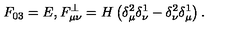
F _ { 0 3 } = E , F _ { \mu \nu } ^ { \perp } = H \left( \delta _ { \mu } ^ { 2 } \delta _ { \nu } ^ { 1 } - \delta _ { \nu } ^ { 2 } \delta _ { \mu } ^ { 1 } \right) .